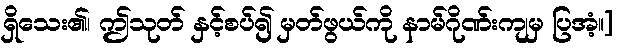
ရှိသေး၏၊ ဤသုတ် နှင့်စပ်၍ မှတ်ဖွယ်ကို နာမ်ဂိုဏ်းကျမှ ပြအံ့။]